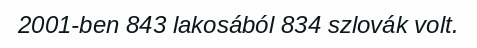
2001-ben 843 lakosából 834 szlovák volt.